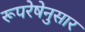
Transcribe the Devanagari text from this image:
रूपरेषेनुसार